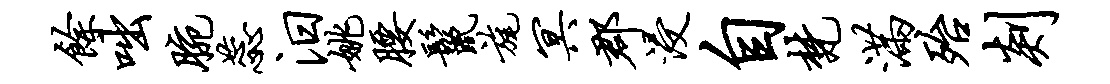
余咄腕蕊汨姚腰鬣旄冥郡浸自梵满殆剡